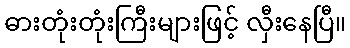
ဓားတုံးတုံးကြီးများဖြင့် လှီးနေပြီ။